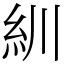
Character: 紃